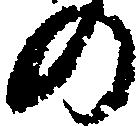
の